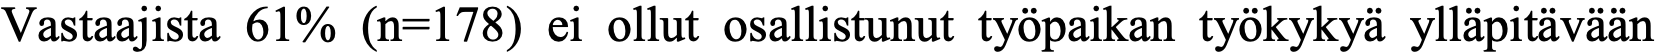
Vastaajista 61% (n=178) ei ollut osallistunut työpaikan työkykyä ylläpitävään